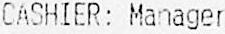
CASHIER: MANAGER